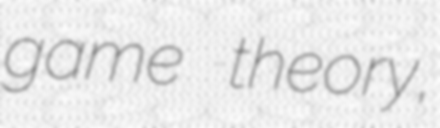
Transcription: game theory,